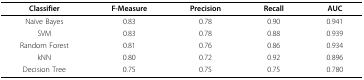
<table><thead><tr><td><b>Classifier</b></td><td><b>F-Measure</b></td><td><b>Precision</b></td><td><b>Recall</b></td><td><b>AUC</b></td></tr></thead><tbody><tr><td>Naïve Bayes</td><td>0.83</td><td>0.78</td><td>0.90</td><td>0.941</td></tr><tr><td>SVM</td><td>0.83</td><td>0.78</td><td>0.88</td><td>0.939</td></tr><tr><td>Random Forest</td><td>0.81</td><td>0.76</td><td>0.86</td><td>0.934</td></tr><tr><td>kNN</td><td>0.80</td><td>0.72</td><td>0.92</td><td>0.896</td></tr><tr><td>Decision Tree</td><td>0.75</td><td>0.75</td><td>0.75</td><td>0.780</td></tr></tbody></table>